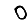
Digit: 0